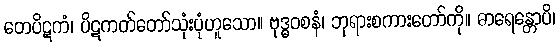
တေပိဋကံ၊ ပိဋကတ်တော်သုံးပုံဟူသော။ ဗုဒ္ဓဝစနံ၊ ဘုရားစကားတော်ကို။ ဓာရေန္တောပိ၊